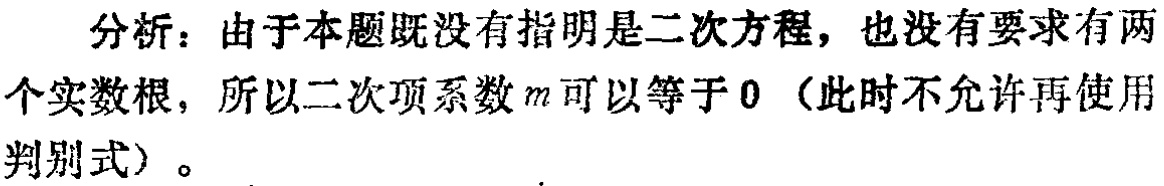
分析：由于本题既没有指明是二次方程，也没有要求有两个实数根，所以二次项系数\(m\)可以等于\(0\)（此时不允许再使用判别式）。